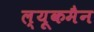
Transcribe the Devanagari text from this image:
ल्यूकमैन